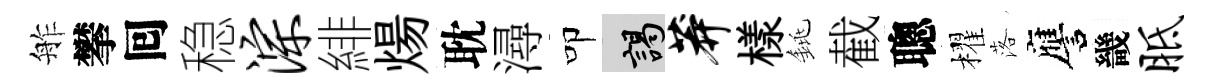
舴攀囘稳淙緋煬耽潯叩謁莽樣銚截聰櫂落譍畿胝